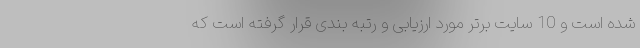
شده است و 10 سایت برتر مورد ارزیابی و رتبه بندی قرار گرفته است که